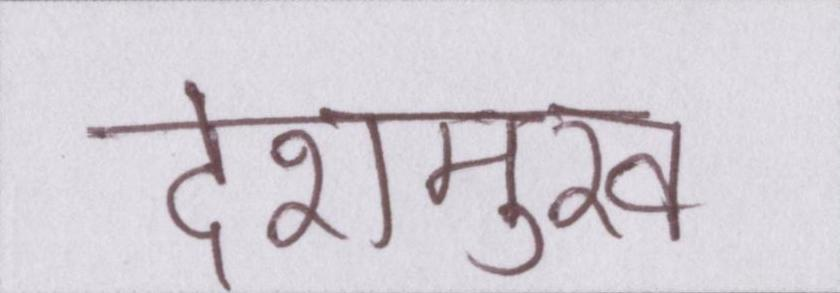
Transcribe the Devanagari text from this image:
देशमुख